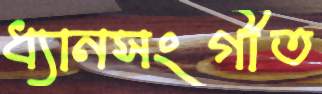
ধ্যানসংগীত